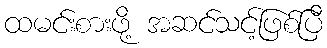
ထမင်းစားဖို့ အဆင်သင့်ဖြစ်ပြီ